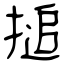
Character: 搥